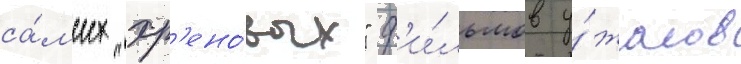
са́мых "хр'ено́вых" ф'и́льмов у́жасов